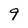
Character: 9